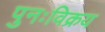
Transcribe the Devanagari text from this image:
पुनःविक्रय